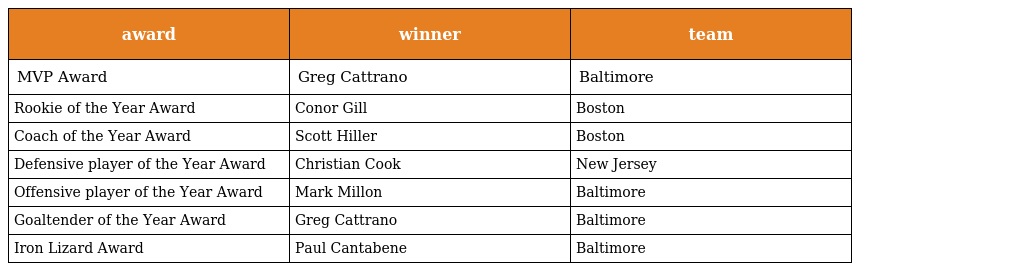
| award | winner | team |
 | --- | --- | --- |
 | MVP Award | Greg Cattrano | Baltimore |
 | Rookie of the Year Award | Conor Gill | Boston |
 | Coach of the Year Award | Scott Hiller | Boston |
 | Defensive player of the Year Award | Christian Cook | New Jersey |
 | Offensive player of the Year Award | Mark Millon | Baltimore |
 | Goaltender of the Year Award | Greg Cattrano | Baltimore |
 | Iron Lizard Award | Paul Cantabene | Baltimore |